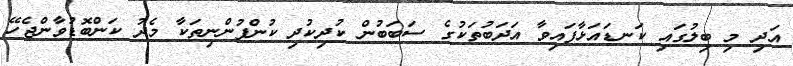
އަދި މި ބިލުގައި ކަނޑައަޅާފައިވާ އަދަބުތަކުގެ ސަބަބުން ކުދިކުދި ކުންފުންނިތަކާ މެދު ކަންބޮޑުވާންޖެހޭ